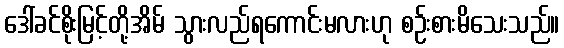
ဒေါ်ခင်စိုးမြင့်တို့အိမ် သွားလည်ရကောင်းမလားဟု စဉ်းစားမိသေးသည်။